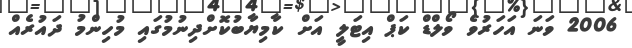
2006 ވަނަ އަހަރުވެ ވޯލްޑް ކަޕް އިޓަލީ އަށް ކާމިޔާބުކޮށްދިނުމުގައި މުހިންމު ދައުރެއް